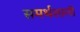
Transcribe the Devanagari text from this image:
समर्थशाली